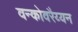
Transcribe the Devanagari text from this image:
वन्कोवरैय्यन